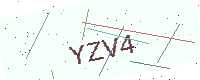
Text: YZV4